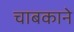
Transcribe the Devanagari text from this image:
चाबकाने